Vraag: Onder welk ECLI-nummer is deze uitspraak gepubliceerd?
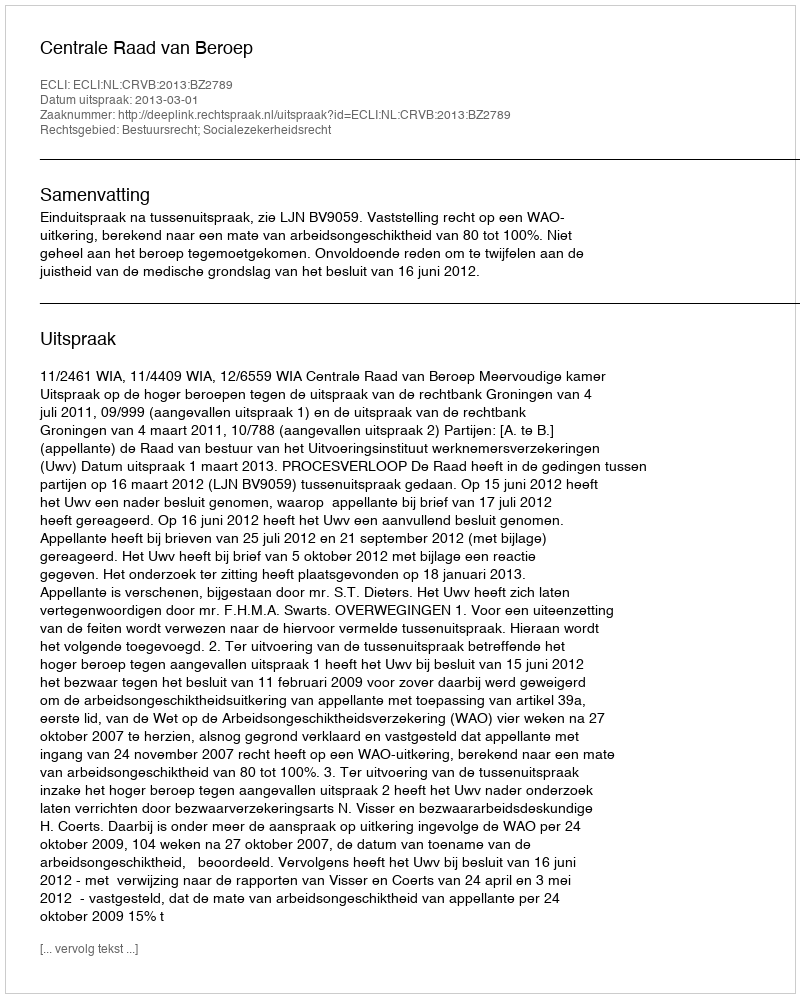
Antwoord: ECLI:NL:CRVB:2013:BZ2789